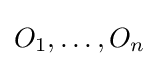
O_{1},\dots ,O_{n}